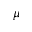
\mu